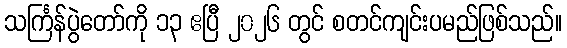
သင်္ကြန်ပွဲတော်ကို ၁၃ ဧပြီ ၂၀၂၆ တွင် စတင်ကျင်းပမည်ဖြစ်သည်။